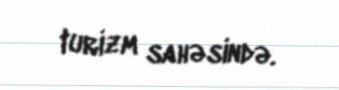
turizm sahəsində.